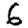
Digit: 6